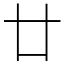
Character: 廿